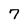
Character: 7